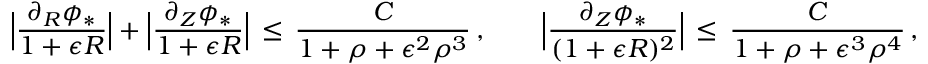
\Bigl | \frac { \partial _ { R } \phi _ { * } } { 1 + \epsilon R } \Bigr | + \Bigl | \frac { \partial _ { Z } \phi _ { * } } { 1 + \epsilon R } \Bigr | \, \le \, \frac { C } { 1 + \rho + \epsilon ^ { 2 } \rho ^ { 3 } } \, , \qquad \Bigl | \frac { \partial _ { Z } \phi _ { * } } { ( 1 + \epsilon R ) ^ { 2 } } \Bigr | \, \le \, \frac { C } { 1 + \rho + \epsilon ^ { 3 } \rho ^ { 4 } } \, ,